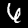
Label: 6